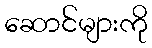
ဆောင်များကို